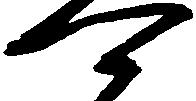
可